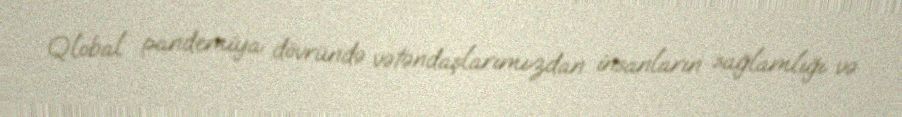
Qlobal pandemiya dövründə vətəndaşlarımızdan insanların sağlamlığı və